Annual report on the health of the army in India
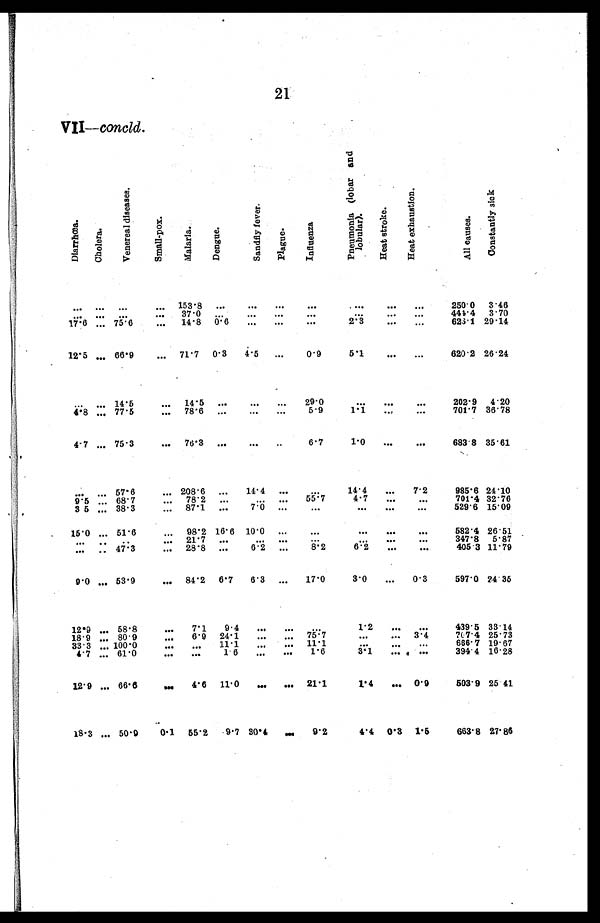
21
VII—concld.
D i a r r h œ a .
C h o l e r a .
V e n e r e a l d i s e a s e s .
S m a l l ¬ p o x . M a l a r a .
De n g u e .
S a n d f l y f e v e r .
P l a g u e .
I n f l u e n z a .
P n e u m o n l a ( l o b a r a n d l o b u l a r ) .
H e a t s t r o k e .
H e a t e x h a u s t i o n .
A l l c a u s e s .
C o n s t a n t l y s i c k .
. . .
...
. . .
. . .
1 5 3 . 8 ...
... . . . ...
. . .
. . .
. . .
250.0 3.46
. . .
...
. . .
... 37.0 ..
.
... . . . ...
...
... ...
444.4 3.70
17.6 ... 75.6
. . . 14.8 0.6 ... ...
...
2.3
...
...
626.1 29.14
12.5 ... 66.9
. . . 71.1 0.3 4.5
. . .
0.9
5.1
... ...
620.2 26.24
. . .
... 14.5
... 14.5
. . .
. . .
. . .
29.0
. . . ...
...
202.9 4.20
4.8 ... 77.5
. . . 78.6 ... ...
. . .
5.9
1.1...
. . . 701.7 36.78
4.7 ... 75.3
. . .
7 6 . 3
...
...
. . 6.7
1.0 ...
...
683.8 35.61
. . .
...
5 7 . 6
. . . 208.6
. . . 14.4
. . .
. . . 14.4
... 7.2
985.6 24.10
9.5 ... 68.7
... 78.2
. . .
. . . ... 55.7
4.7 ...
...
701.4 32.76
3 5 ... 38.3
... 87.1
. . . 7.0
. . .
. . .
. . .
...
. . .
529.6 15.09
15.0 ...
5 1 . 6
... 98.2 16.6 10.0
. . .
...
. . . ...
. . .
582.4 26.51
. . .
..
. .
. . . 21.7
. . .
. . . . . .
. . .
. . ....
. . .
347.8 5.87
. . .
... 47.3
. . . 28.8
. . .
6.2
. . .
8.2
6.2...
. . . 405.3 11.79
9.0 ... 53.9
... 84.2 6.7 6.3
. . .
17.0
3.
... 0.3
597.0 24.35
12.9 ... 58.8
... 7.1 9.4 ...
. . .
...
1.2
...
. . .
439.5 33.14
18.9 ... 80.9
. . . 6.9 24.1 ... ... 75.7
... ...
3 . 4
7 0 7 . 4 25.73
33.3 ... 100.0
. . .
. . .
11.1
. . .
. . . 11.1
... ...
. . . 666.7 19.67
4.7 ... 61.0
... ...
1.6
... ... 1.6
3 . 1 ... ...
394.4 16.28
12.9 ... 66.6
... 4.6 11.0
. . . ... 21.1
1.4 ... 0.9
503.9 25 41
18.3 ... 50.9
0.1 55.2 9.7 30.4
. . . 9.2
4.4 0.3 1.5
663.8 27.86